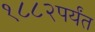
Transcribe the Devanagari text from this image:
१८८२पर्यंत